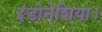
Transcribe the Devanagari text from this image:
इंडोनेशिया।